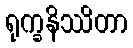
ရုက္ခနိဿိတာ